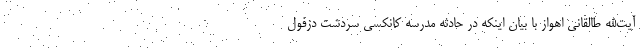
آیت‌الله طالقانی اهواز با بیان اینکه در حادثه مدرسه کانکسی سردشت دزفول